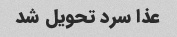
عذا سرد تحویل شد